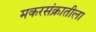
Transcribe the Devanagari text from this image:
मकरसंक्रातीला